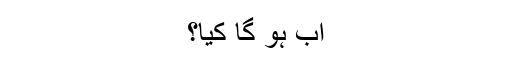
اب ہو گا کیا؟